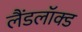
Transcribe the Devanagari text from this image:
लैंडलॉक्ड